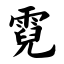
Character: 霓